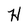
Character: H